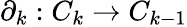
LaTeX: \partial_{k}:C_{k}\to C_{k-1}